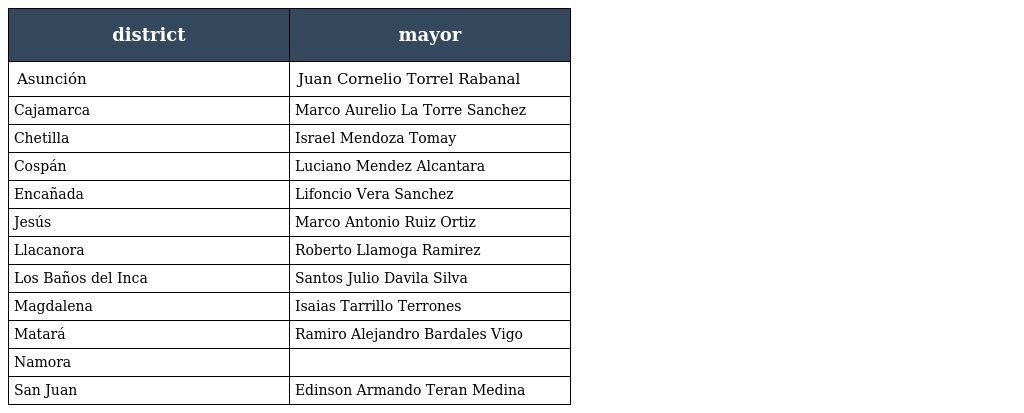
| district | mayor |
 | --- | --- |
 | Asunción | Juan Cornelio Torrel Rabanal |
 | Cajamarca | Marco Aurelio La Torre Sanchez |
 | Chetilla | Israel Mendoza Tomay |
 | Cospán | Luciano Mendez Alcantara |
 | Encañada | Lifoncio Vera Sanchez |
 | Jesús | Marco Antonio Ruiz Ortiz |
 | Llacanora | Roberto Llamoga Ramirez |
 | Los Baños del Inca | Santos Julio Davila Silva |
 | Magdalena | Isaias Tarrillo Terrones |
 | Matará | Ramiro Alejandro Bardales Vigo |
 | Namora |  |
 | San Juan | Edinson Armando Teran Medina |